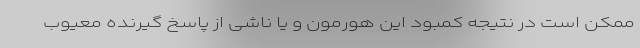
ممکن است در نتیجه کمبود این هورمون و یا ناشی از پاسخ گیرنده معیوب